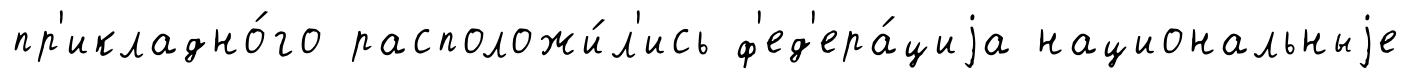
пр'икладно́го расположи́л'ись ф'ед'ера́циjа национальныjе